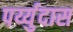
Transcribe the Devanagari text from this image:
पर्य्युदास